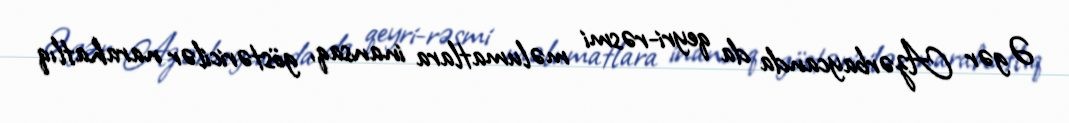
Əgər Azərbaycanda da qeyri-rəsmi məlumatlara inansaq, göstəricilər narahatlıq